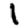
Digit: 1